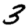
Digit: 3